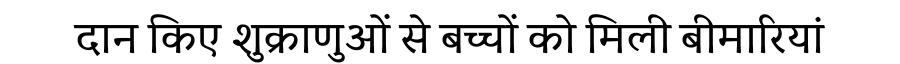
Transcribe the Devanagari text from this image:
दान किए शुक्राणुओं से बच्चों को मिली बीमारियां